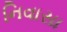
નિવાસા